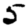
Digit: 5